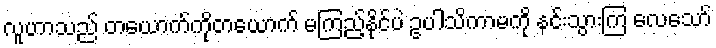
လူဟာသည် တယောက်ကိုတယောက် မကြည့်နိုင်ပဲ ဥပါသိကာမကို နင်းသွားကြ လေသော်